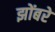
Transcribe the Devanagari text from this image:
झोंबरे